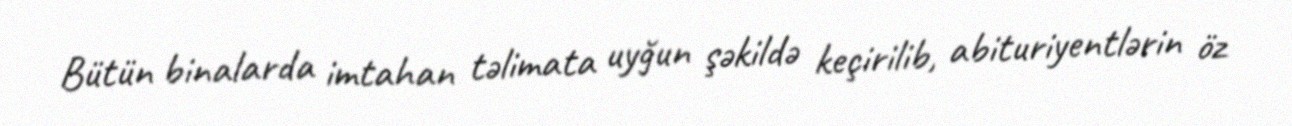
Bütün binalarda imtahan təlimata uyğun şəkildə keçirilib, abituriyentlərin öz